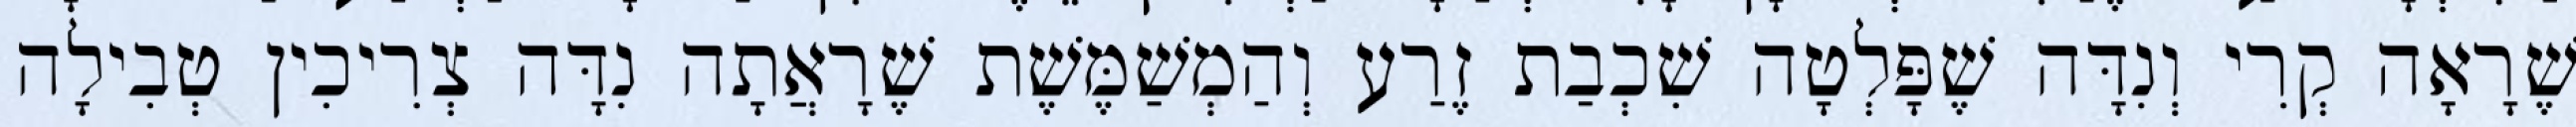
שֶׁרָאָה קְרִי וְנִדָּה שֶׁפָּלְטָה שִׁכְבַת זֶרַע וְהַמְשַׁמֶּשֶׁת שֶׁרָאֲתָה נִדָּה צְרִיכִין טְבִילָה